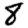
Digit: 8